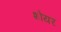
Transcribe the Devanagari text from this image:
शोयर